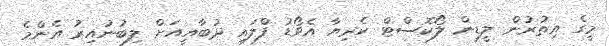
މީގެ އިތުރުން ލީޑިން ލޯކޮސްޓް ކެރިޔާ އެވޯޑު ފްލައި ދުބާއީއަށް ލިބުނުއިރު އެންމެ